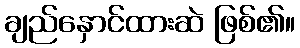
ချည်နှောင်ထားဆဲ ဖြစ်၏။